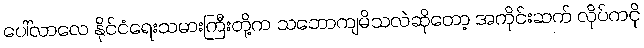
ပေါ်လာလေ နိုင်ငံရေးသမားကြီးတို့က သဘောကျမိသလဲဆိုတော့ အကိုင်းဆက် လိုပ်ကငို